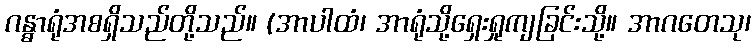
ဂန္ဓာရုံအစရှိသည်တို့သည်။ (အာပါထံ၊ အာရုံသို့ရှေးရှုကျခြင်းသို့။ အာဂတေသု၊